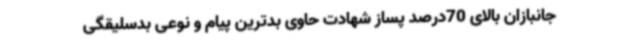
جانبازان بالای 70درصد پساز شهادت حاوی بدترین پیام و نوعی بدسلیقگی